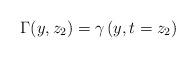
LaTeX: \begin{align*}\Gamma(y,z_2)=\gamma\left(y,t=z_2\right)\end{align*}